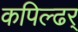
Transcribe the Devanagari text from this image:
कपिल्ढर्